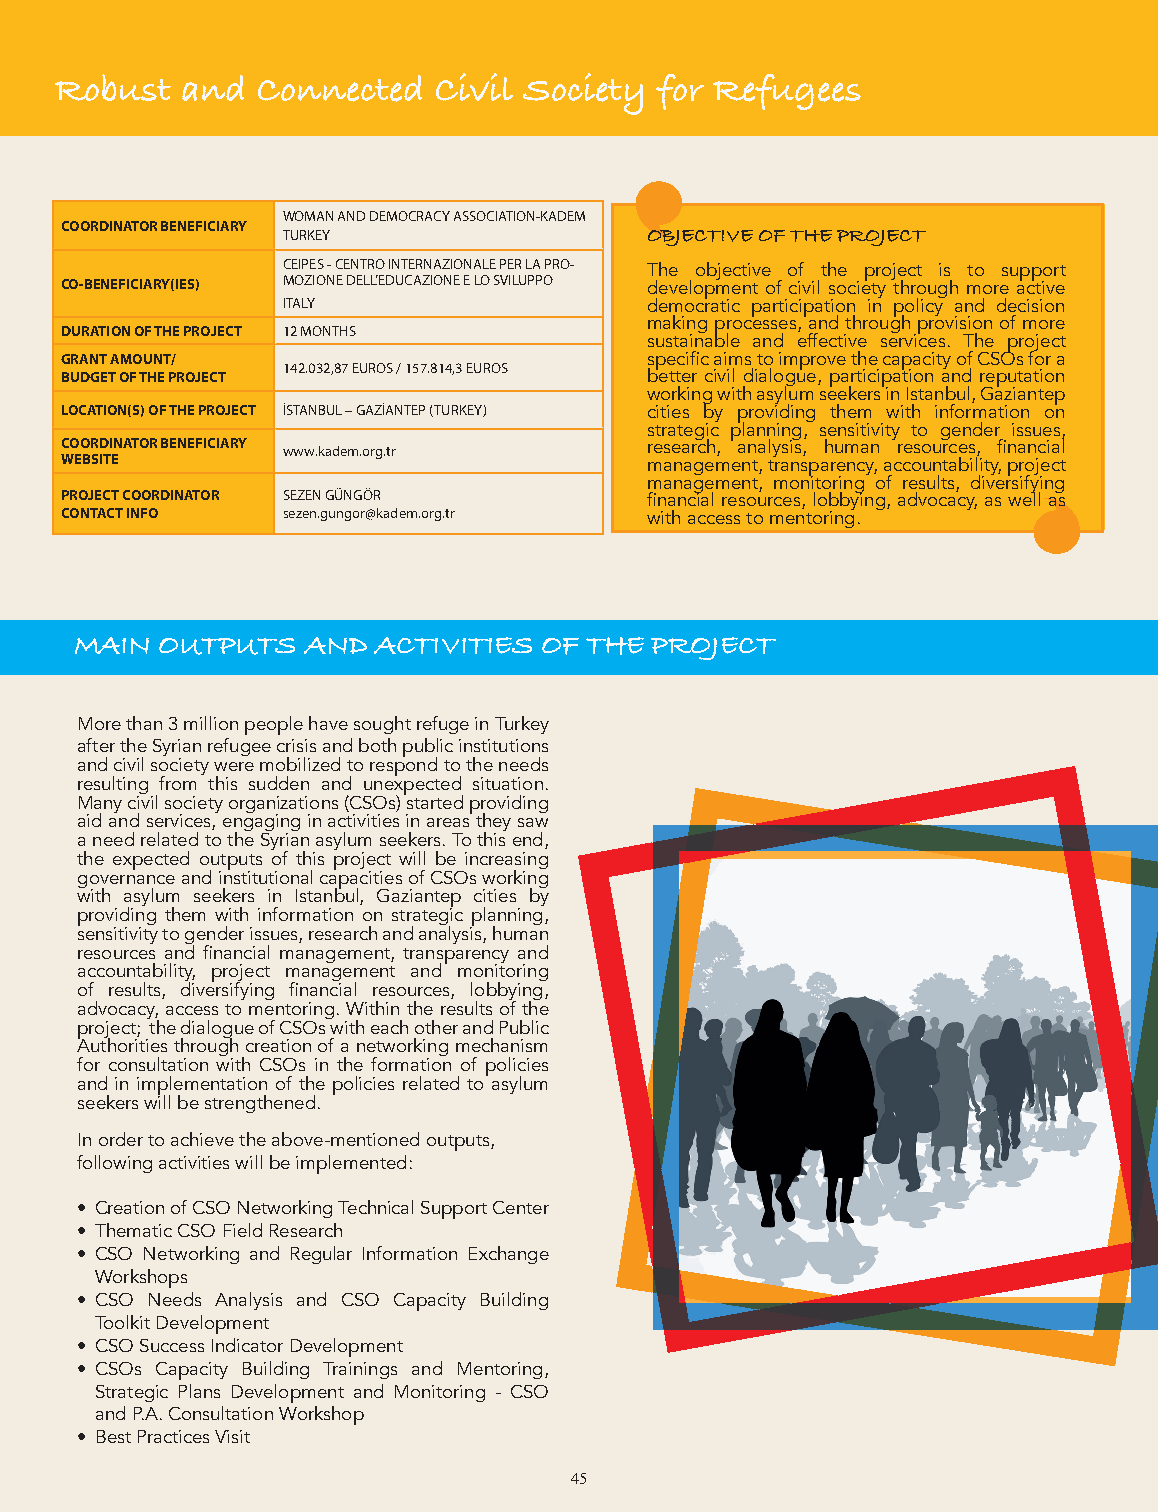
Women will Change the World Robust and Connected Civil Society for Refugees
 WOMAN AND DEMOCRACY ASSOCIATION-KADEM
 COORDINATOR BENEFICIARY
 TURKEY                  OBJECTIVE OF THE PROJECT
 CEIPES - CENTRO INTERNAZIONALE PER LA PRO- The objective of the project is to support
 CO-BENEFICIARY(IES) MOZIONE DELL’EDUCAZIONE E LO SVILUPPO development of civil society through more active
 ITALY                   democratic participation in policy and decision
 making processes, and through provision of more
 DURATION OF THE PROJECT 12 MONTHS
 sustainable and effective services. The project
 GRANT AMOUNT/                          specific aims to improve the capacity of CSOs for a
 142.032,87 EUROS / 157.814,3 EUROS
 BUDGET OF THE PROJECT                  better civil dialogue, participation and reputation
 working with asylum seekers in Istanbul, Gaziantep
 LOCATION(S) OF THE PROJECT İSTANBUL – GAZİANTEP (TURKEY) cities by providing them with information on
 strategic planning, sensitivity to gender issues,
 COORDINATOR BENEFICIARY www.kadem.org.tr research, analysis, human resources, financial
 WEBSITE                                management, transparency, accountability, project
 management, monitoring of results, diversifying
 PROJECT COORDINATOR SEZEN GÜNGÖR       financial resources, lobbying, advocacy, as well as
 CONTACT INFO   sezen.gungor@kadem.org.tr with access to mentoring.
 MAIN OUTPUTS AND ACTIVITIES OF THE PROJECT MAIN OUTPUTS AND ACTIVITIES OF THE PROJECT
 More than 3 million people have sought refuge in Turkey
 after the Syrian refugee crisis and both public institutions
 and civil society were mobilized to respond to the needs
 resulting from this sudden and unexpected situation.
 Many civil society organizations (CSOs) started providing
 aid and services, engaging in activities in areas they saw
 a need related to the Syrian asylum seekers. To this end,
 the expected outputs of this project will be increasing
 governance and institutional capacities of CSOs working
 with asylum seekers in Istanbul, Gaziantep cities by
 providing them with information on strategic planning,
 sensitivity to gender issues, research and analysis, human
 resources and financial management, transparency and
 accountability, project management and monitoring
 of results, diversifying financial resources, lobbying,
 advocacy, access to mentoring. Within the results of the
 project; the dialogue of CSOs with each other and Public
 Authorities through creation of a networking mechanism
 for consultation with CSOs in the formation of policies
 and in implementation of the policies related to asylum
 seekers will be strengthened.
 In order to achieve the above-mentioned outputs,
 following activities will be implemented:
 • Creation of CSO Networking Technical Support Center
 • Thematic CSO Field Research
 • CSO Networking and Regular Information Exchange
 Workshops
 • CSO Needs Analysis and CSO Capacity Building
 Toolkit Development
 • CSO Success Indicator Development
 • CSOs Capacity Building Trainings and Mentoring,
 Strategic Plans Development and Monitoring - CSO
 and P.A. Consultation Workshop
 • Best Practices Visit
 45